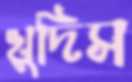
খুদিস